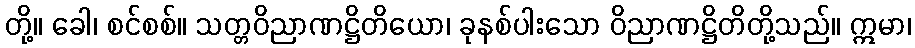
တို့။ ခေါ၊ စင်စစ်။ သတ္တဝိညာဏဋ္ဌိတိယော၊ ခုနစ်ပါးသော ဝိညာဏဋ္ဌိတိတို့သည်။ ဣမာ၊